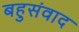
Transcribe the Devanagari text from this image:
बहुसंवाद